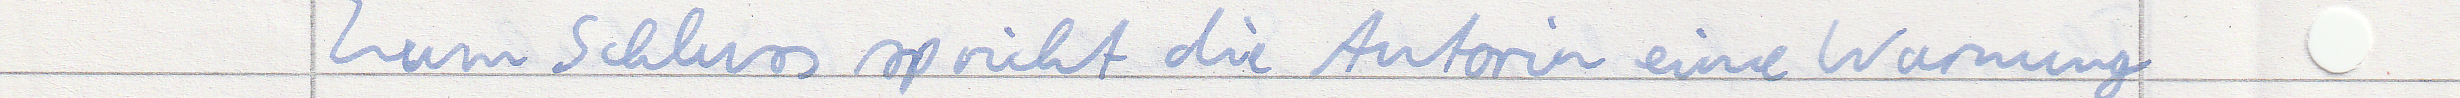
Zum Schluss spricht die Autorin eine Warnung